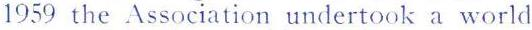
1959 the Association undertook a world